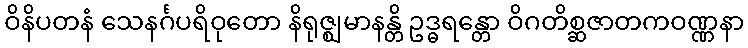
ဝိနိပတနံ သေနင်္ဂပရိဝုတော နိရုဇ္ဈမာနန္တိ ဥဒ္ဓရန္တော ဝိဂတိစ္ဆဇာတကဝဏ္ဏနာ